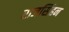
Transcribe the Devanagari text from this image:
राजसिंहन